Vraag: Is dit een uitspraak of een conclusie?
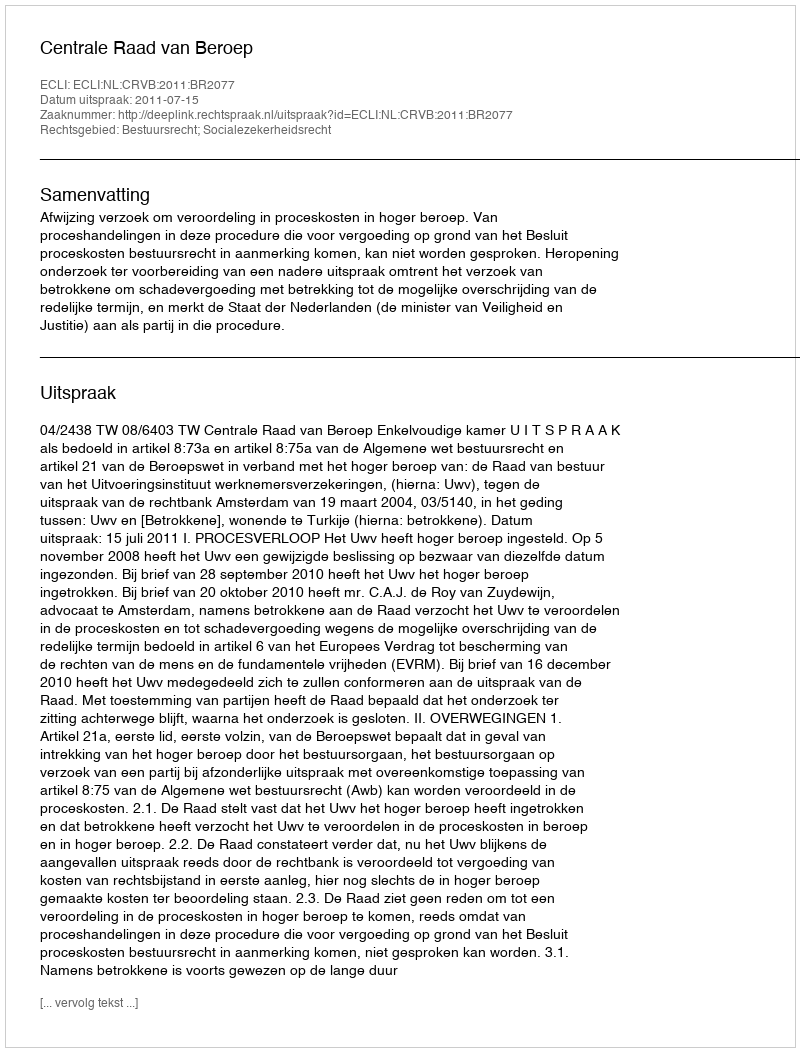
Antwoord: Uitspraak